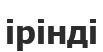
ірінді